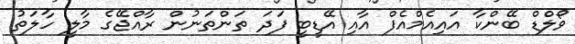
ވޯލްޑް ބޭންކާ އައިއެމްއެފް އާއި އޭޑީބީ ފަދަ ތަންތަނުން ރާއްޖޭގެ މާލީ ހާލަތު